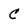
Character: C